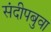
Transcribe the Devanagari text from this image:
संदीपबुवा